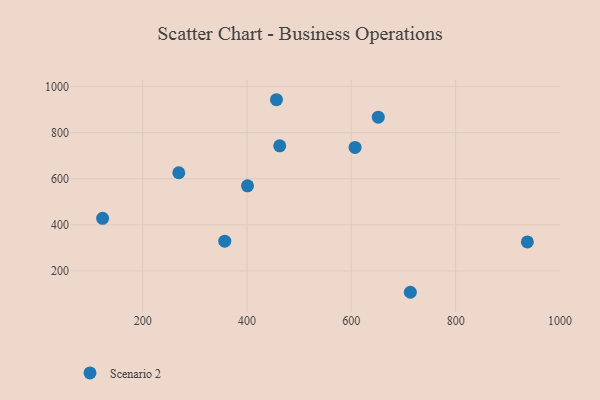
{"axis": {"x": "Speed", "y": "Fuel Efficiency"}, "legend": ["Scenario 2"], "data": [{"x": "713.2", "y": 107.4, "type": "Scenario 2"}, {"x": "401.0", "y": 569.4, "type": "Scenario 2"}, {"x": "607.2", "y": 736.1, "type": "Scenario 2"}, {"x": "357.4", "y": 329.0, "type": "Scenario 2"}, {"x": "456.5", "y": 942.9, "type": "Scenario 2"}, {"x": "651.7", "y": 867.2, "type": "Scenario 2"}, {"x": "123.3", "y": 428.1, "type": "Scenario 2"}, {"x": "937.5", "y": 326.0, "type": "Scenario 2"}, {"x": "462.8", "y": 742.8, "type": "Scenario 2"}, {"x": "269.3", "y": 626.0, "type": "Scenario 2"}]}